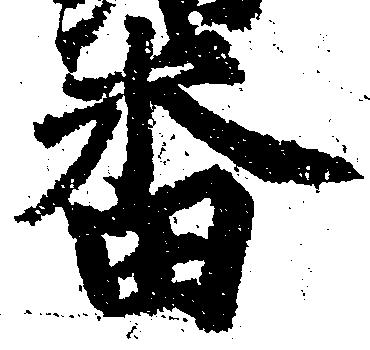
番